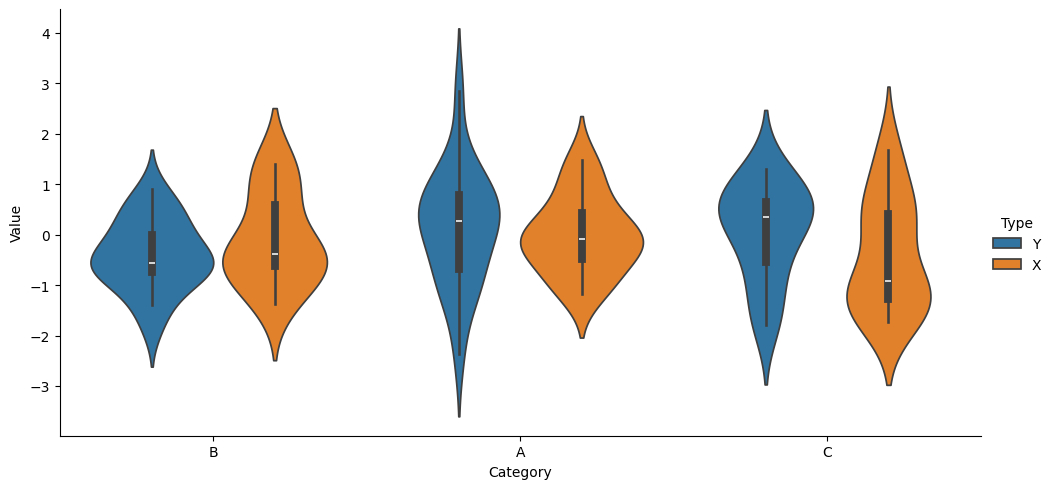
python, seaborn, catplot, kind='violin', height=5, aspect=2